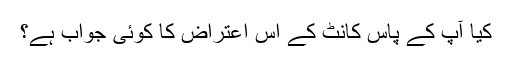
کیا آپ کے پاس کانٹ کے اس اعتراض کا کوئی جواب ہے؟